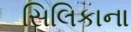
સિલિકાના